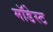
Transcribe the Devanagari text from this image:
मॉडेस्ट